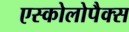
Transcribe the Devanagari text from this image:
एस्कोलोपैक्स